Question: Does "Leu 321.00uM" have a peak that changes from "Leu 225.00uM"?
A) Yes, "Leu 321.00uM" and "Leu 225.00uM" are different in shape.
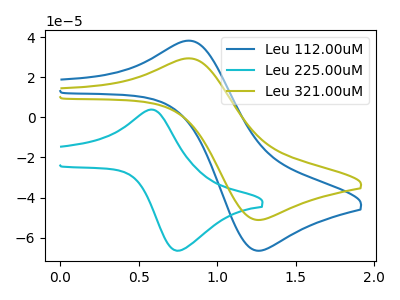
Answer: <think>The blue curve "Leu 112.00uM" has an anodic peak at (0.85V, 38.10uA) and a cathodic peak at (1.25V, -66.45uA). The cyan curve "Leu 225.00uM" has an anodic peak at (0.55V, 3.85uA) and a cathodic peak at (0.75V, -66.45uA). The olive curve "Leu 321.00uM" has an anodic peak at (0.85V, 29.30uA) and a cathodic peak at (1.25V, -51.15uA).
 "Leu 321.00uM" and "Leu 225.00uM" have at least one peak that do not match.</think>
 <answer>A) Yes, "Leu 321.00uM" and "Leu 225.00uM" are different in shape.</answer>
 <eval>A</eval>